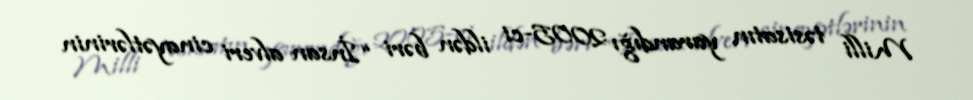
Milli təsisatın yarandığı 2005-ci ildən bəri “İnsan alveri cinayətlərinin